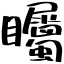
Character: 矚